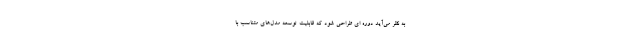
به نظر می‌آید دوره ای طراحی شود که قابلیت توسعه مدل‌های متناسب با